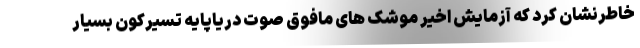
خاطرنشان کرد که آزمایش اخیر موشک های مافوق صوت دریاپایه تسیرکون بسیار